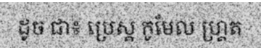
ដូច ជា៖ ប្រេស្ត កូមែល ហ្គ្រត